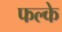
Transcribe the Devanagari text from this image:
फल्के